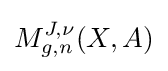
M_{g,n}^{J,\nu }(X,A)